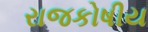
રાજકોષીય